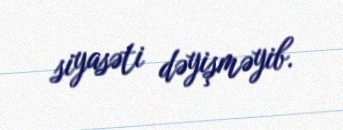
siyasəti dəyişməyib.